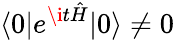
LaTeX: \langle 0|e^{\i t{\hat{H}}}|0\rangle\not=0